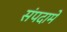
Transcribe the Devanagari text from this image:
संपदामे